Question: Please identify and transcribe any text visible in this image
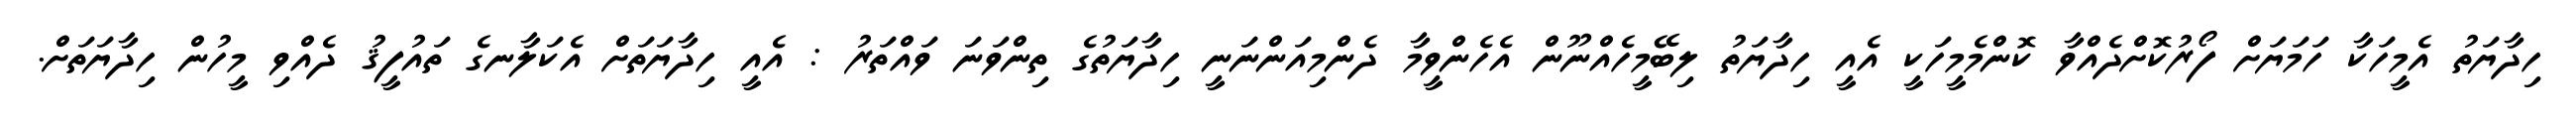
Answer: ހިދާޔަތު އެމީހަކާ ހަމަޔަށް ފޯރުކޮށްދެއްވާ ކޮންމެމީހަކީ އެއީ ހިދާޔަތު ލިބޭމީހެއްނޫން އެހެންވީމާ ދެންމިއަންނަނީ ހިދާޔަތުގެ ތިންވަނަ ވައްތަރު : އެއީ ހިދާޔަތަށް އެކަލާނގެ ތައުފީޤު ދެއްވި މީހުން ހިދާޔަތަށް.